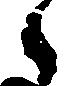
候